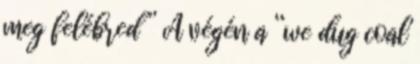
meg felébred ” A végén a “we dug coal